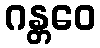
ဂန္တဝေ